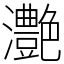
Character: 灔